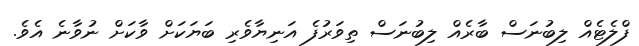
ފްލެޓެއް ލިބުނަސް ބާރެއް ލިބުނަސް ތިވަރުފެ އަނިޔާވެރި ބަޔަކަށް ވާކަށް ނުވާނެ އެވެ.